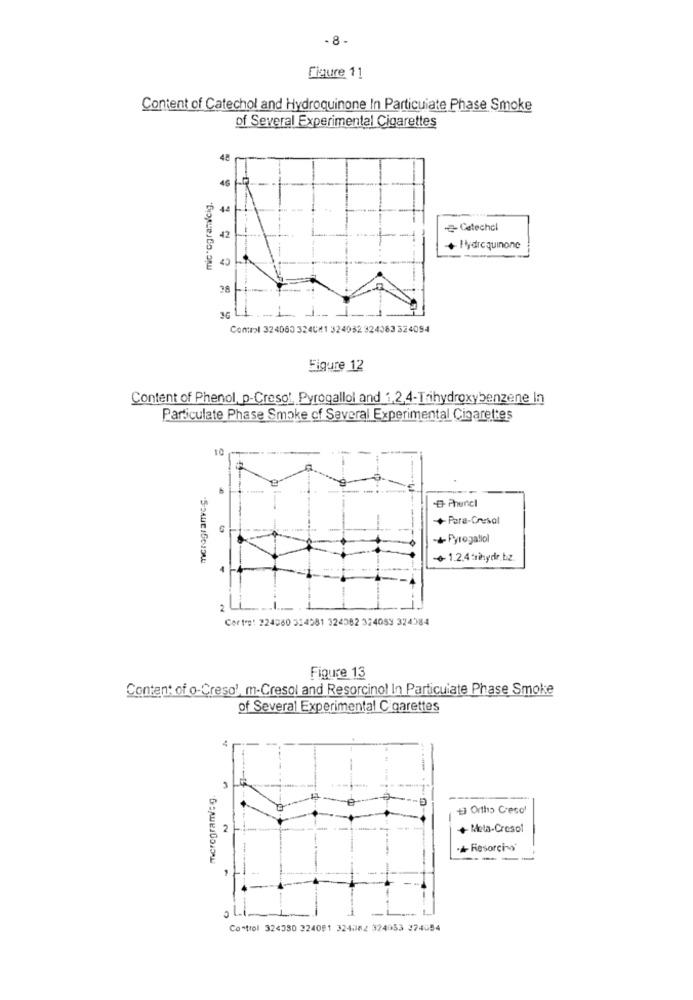
- 8-
Figure 11
Content of Catechol and Hydroquinone In Particulate Phase Smoke
of Several Experimental Cigarettes
48
46
microgram/cig,
44
- Catechol
42
+ Hydroquinone
28-
36
Comtrol 324060 3240#1 324032 324063 324054
Figure 12
Content of Phenol, p-Cresol, Pyrogallol and 1,2,4-Trihydroxybenzene In
Particulate Phase Smoke of Several Experimental Cigarettes
10
O Phercl
+ Para-Cresol
+ Pyrogatlol
- 1.2.4trèhydr.bz.
2
Certes: 224980 324981 324082 324089 324084
Figure 13
Content of o-Creso', m-Cresol and Resorcinol In Particulate Phase Smoke
of Several Experimental Cigarettes
mcrogram: g.
+ Ortho Creso'
2
+ Meta-Cresol
·+ Resorcin
Control 324330 224091 324082 324053 374654